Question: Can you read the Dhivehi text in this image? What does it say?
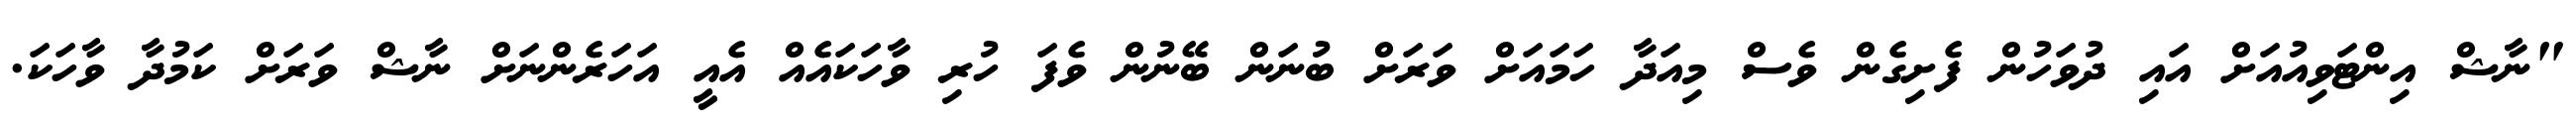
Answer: "ނާޝް އިންޓަވިއުއަށް އައި ދުވަހުން ފެށިގެން ވެސް މިއަދާ ހަމައަށް ވަރަށް ބުނަން ބޭނުން ވެފަ ހުރި ވާހަކައެއް އެއީ އަހަރެންނަށް ނާޝް ވަރަށް ކަމުދާ ވާހަކަ.